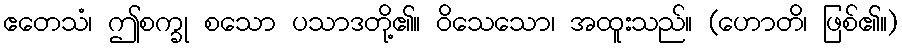
ဧတေသံ၊ ဤစက္ခု စသော ပသာဒတို့၏။ ဝိသေသော၊ အထူးသည်။ (ဟောတိ၊ ဖြစ်၏။)